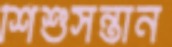
শিশুসন্তান